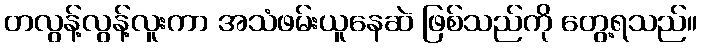
တလွန့်လွန့်လူးကာ အသံဖမ်းယူနေဆဲ ဖြစ်သည်ကို တွေ့ရသည်။